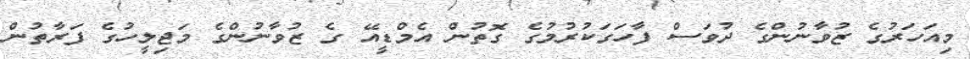
މިއަހަރުގެ ޒުވާނުންގެ ދުވަސް ފާހަގަކުރުމުގެ ގޮތުން އެމްޑީއޭ ގެ ޒުވާނުންގެ މަޖިލީހުގެ ފަރާތުން